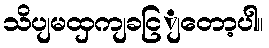
သိပျမထှကျခငြျတော့ပါ။